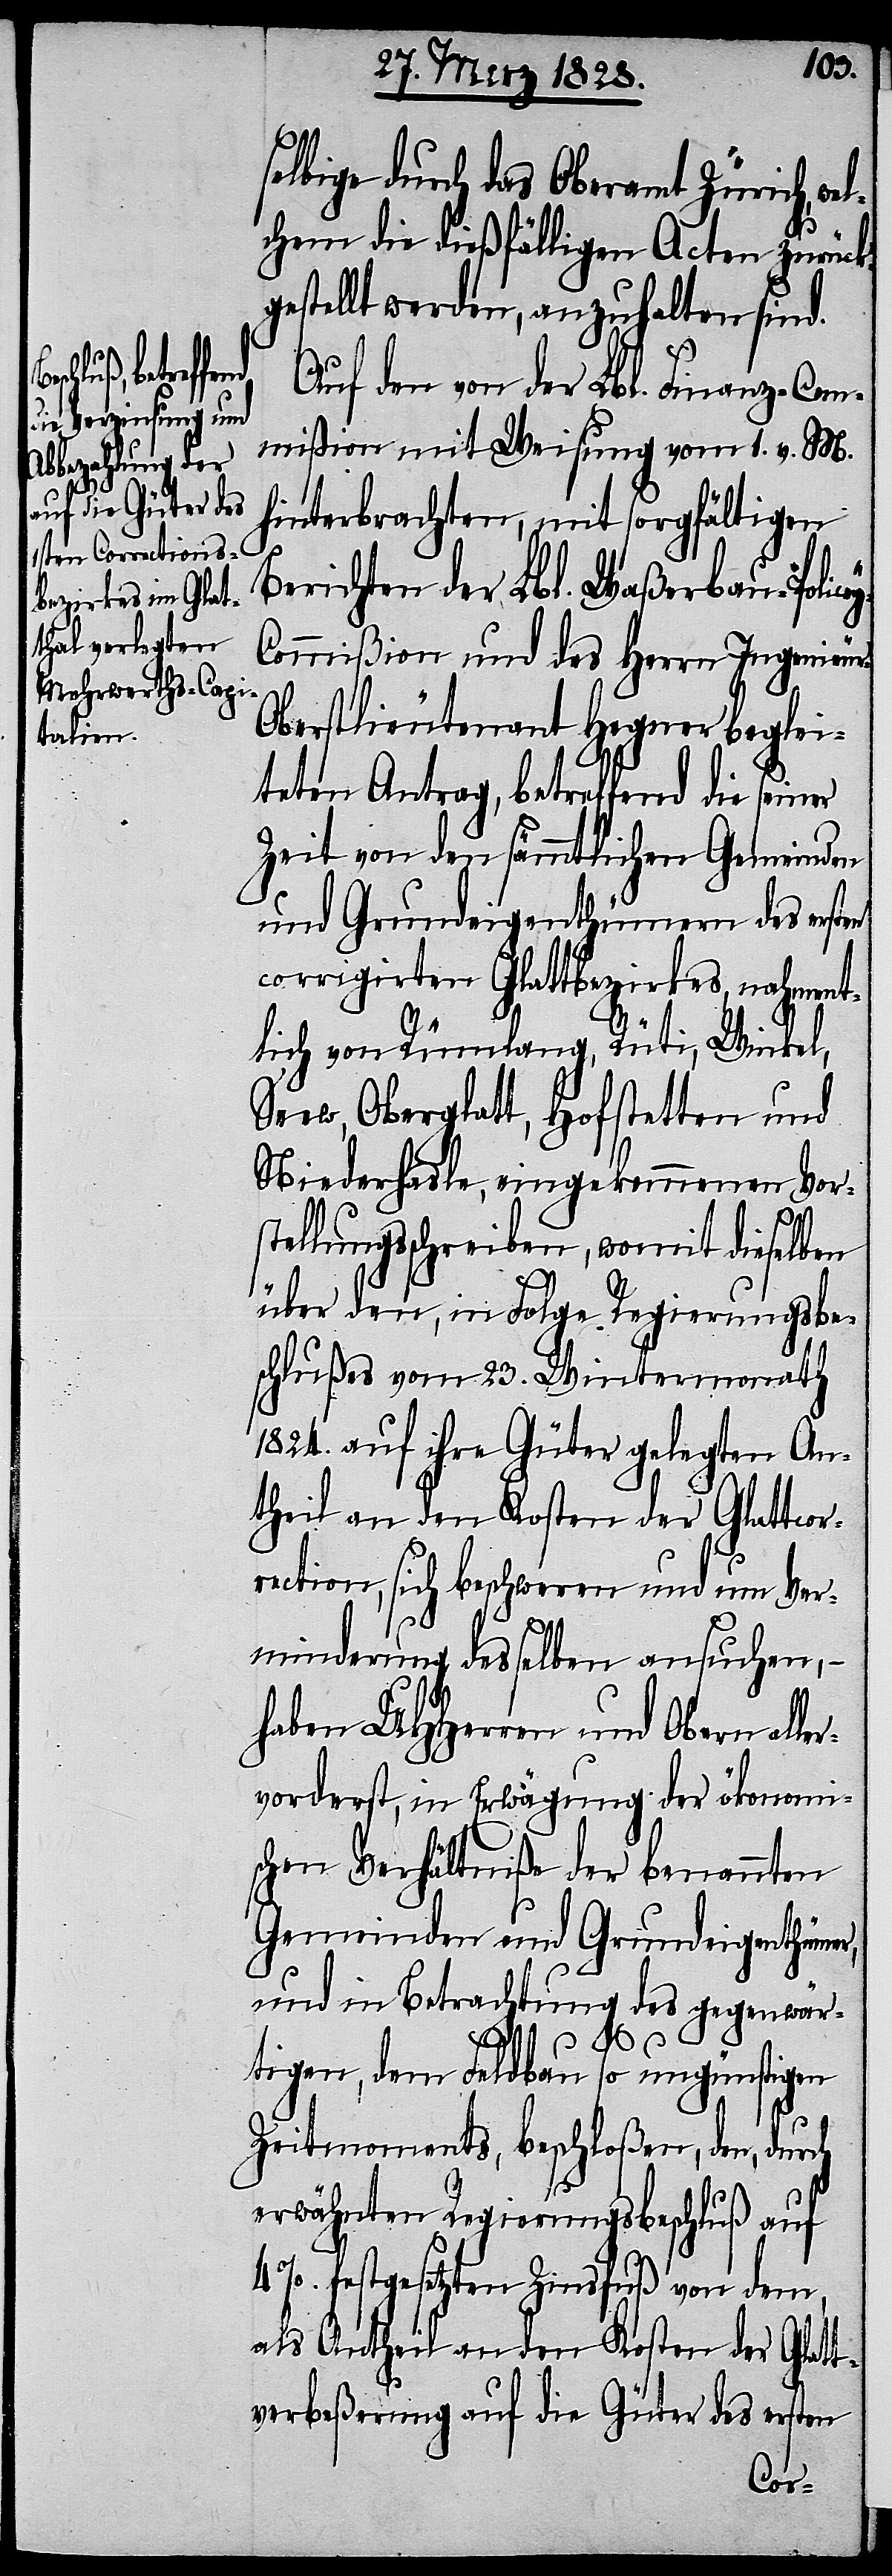
selbige durch das Oberamt Zürich, we¬
lchem die dießfälligen Acten zurück¬
gestellt werden, anzuhalten sind.
Auf den von der Lbl. Finanz-Com¬
mißion mit Weisung vom 1. v. M.
hinterbrachten, mit sorgfältigen
Berichten der Lbl. Waßerbau-Polic¬
ommißion und des Herrn Ingenieu¬
r-Oberlieutenant Hegner beglei¬
teten Antrag, betreffend die sein¬
Zeit von den sämmtlichen Gemeinden
und Grundeigenthümern des erst¬
corrigirten Glattbezirkes, nahment¬
lich von Rümlang, Rüti, Winkel,
Seew, Oberglatt, Hofstetten und
Niederhasle, eingekommenen Vor¬
stellungsschreiben, womit dieselben
über den, in Folge Regierungsbe¬
schlußes vom 23. Wintermonath
1824. auf ihre Güter gelegten An¬
theil an den Kosten der Glattcor¬
rection, sich beschweren und um Ver¬
minderung desselben ansuchen, –
haben UHHerren und Obern alle¬
rvorderst, in Erwägung der ökonomi¬
schen Verhältniße der benannten
Gemeinden und Grundeigenthümer,
und in Betrachtung des gegenwär¬
ey-C¬
tigen, dem Feldbau so ungünstigen
Zeitmoments, beschloßen, den, durch
erwähnten Regierungsbeschluß auf
4 %. festgesetzten Zinsfuß von dem,
als Antheil an den Kosten der Glatt¬
verbeßerung auf die Güter des ersten
ern